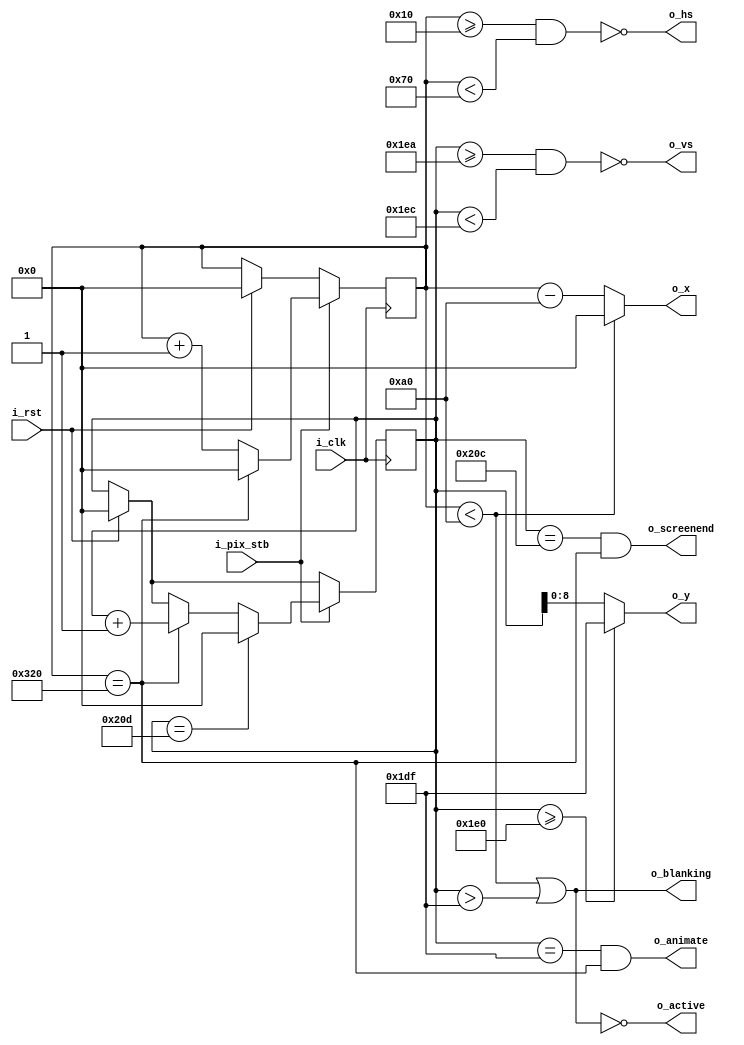
module vga640x480(
    input wire i_clk,           // base clock
    input wire i_pix_stb,       // pixel clock strobe
    input wire i_rst,           // reset: restarts frame
    output wire o_hs,           // horizontal sync
    output wire o_vs,           // vertical sync
    output wire o_blanking,     // high during blanking interval
    output wire o_active,       // high during active pixel drawing
    output wire o_screenend,    // high for one tick at the end of screen
    output wire o_animate,      // high for one tick at end of active drawing
    output wire [9:0] o_x,      // current pixel x position
    output wire [8:0] o_y       // current pixel y position
    );

    // VGA timings https://timetoexplore.net/blog/video-timings-vga-720p-1080p
    localparam HS_STA = 16;              // horizontal sync start
    localparam HS_END = 16 + 96;         // horizontal sync end
    localparam HA_STA = 16 + 96 + 48;    // horizontal active pixel start
    localparam VS_STA = 480 + 10;        // vertical sync start
    localparam VS_END = 480 + 10 + 2;    // vertical sync end
    localparam VA_END = 480;             // vertical active pixel end
    localparam LINE   = 800;             // complete line (pixels)
    localparam SCREEN = 525;             // complete screen (lines)

    reg [9:0] h_count;  // line position
    reg [9:0] v_count;  // screen position

    // generate sync signals (active low for 640x480)
    assign o_hs = ~((h_count >= HS_STA) & (h_count < HS_END));
    assign o_vs = ~((v_count >= VS_STA) & (v_count < VS_END));

    // keep x and y bound within the active pixels
    assign o_x = (h_count < HA_STA) ? 0 : (h_count - HA_STA);
    assign o_y = (v_count >= VA_END) ? (VA_END - 1) : (v_count);

    // blanking: high within the blanking period
    assign o_blanking = ((h_count < HA_STA) | (v_count > VA_END - 1));

    // active: high during active pixel drawing
    assign o_active = ~((h_count < HA_STA) | (v_count > VA_END - 1)); 

    // screenend: high for one tick at the end of the screen
    assign o_screenend = ((v_count == SCREEN - 1) & (h_count == LINE));

    // animate: high for one tick at the end of the final active pixel line
    assign o_animate = ((v_count == VA_END - 1) & (h_count == LINE));

    always @ (posedge i_clk)
    begin
        if (i_rst)  // reset to start of frame
        begin
            h_count <= 0;
            v_count <= 0;
        end
        if (i_pix_stb)  // once per pixel
        begin
            if (h_count == LINE)  // end of line
            begin
                h_count <= 0;
                v_count <= v_count + 1;
            end
            else 
                h_count <= h_count + 1;

            if (v_count == SCREEN)  // end of screen
                v_count <= 0;
        end
    end
endmodule